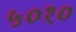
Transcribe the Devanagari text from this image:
५०१०